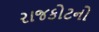
રાજકોટનો